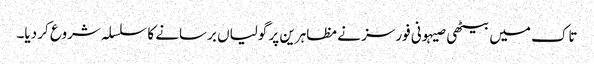
تاک میں بیٹھی صیہونی فورسز نے مظاہرین پر گولیاں برسانے کا سلسلہ شروع کر دیا۔